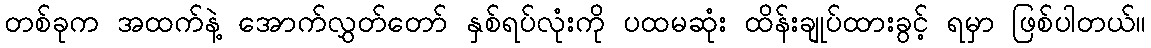
တစ်ခုက အထက်နဲ့ အောက်လွှတ်တော် နှစ်ရပ်လုံးကို ပထမဆုံး ထိန်းချုပ်ထားခွင့် ရမှာ ဖြစ်ပါတယ်။